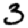
Digit: 3